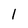
Character: 1